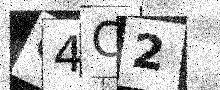
Text: C4C2